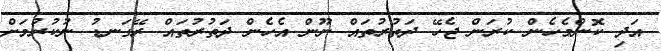
އަދި ކޮންމެހެން ކުރަން ޖެހޭ ދަތުރުތައް ނޫން އެހެން ދަތުރުތައް ރޭގަނޑު ނުކުރުމަށް